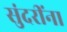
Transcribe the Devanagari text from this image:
सुंदरींना